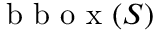
\mathrm { ~ b ~ b ~ o ~ x ~ } ( S )